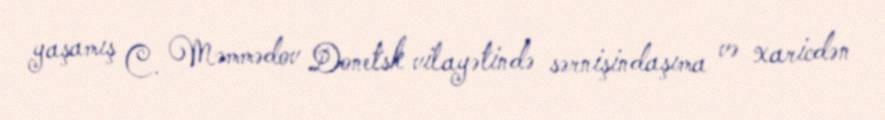
yaşamış C. Məmmədov Donetsk vilayətində sərnişindaşıma və xaricdən